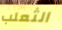
الثعلب